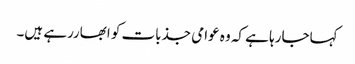
کہاجارہا ہے کہ وہ عوامی جذبات کو ابھاررہے ہیں۔